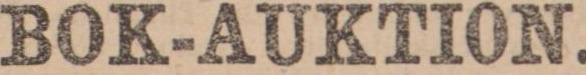
BOK-AUKTION.